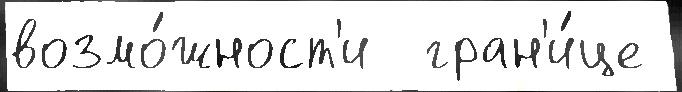
возмо́жност'и  гран'и́це